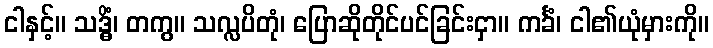
ငါနှင့်။ သဒ္ဓိံ၊ တကွ။ သလ္လပိတုံ၊ ပြောဆိုတိုင်ပင်ခြင်းငှာ။ ကင်္ခံ၊ ငါ၏ယုံမှားကို။